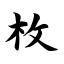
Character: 枚